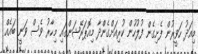
މިއަދު ހަވީރުން ފެށިގެން ފުލުހުން ކުރިއަށްގެންދާ މިއޮޕަރޭޝަންގައި މިހާރު ވެސް ވަނީ ބައެއް